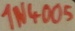
Text: 1N4005